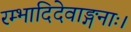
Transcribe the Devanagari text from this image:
रम्भादिदेवाङ्गनाः।